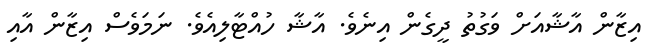
އިޒާން އާޝާއަށް ވަގުތު ދީގެން އިނެވެ. އާޝާ ހުއްޓާލިއެވެ. ނަމަވެސް އިޒާން އާއި